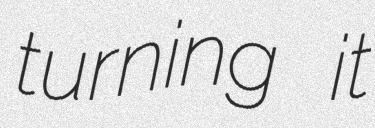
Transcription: turning it